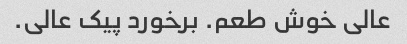
عالی خوش طعم. برخورد پیک عالی.